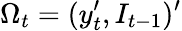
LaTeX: \Omega_{t}=(y_{t}^{\prime},I_{t-1})^{\prime}